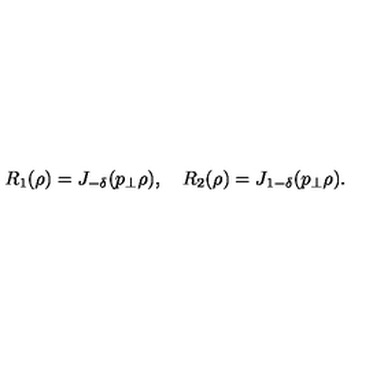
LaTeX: R _ { 1 } ( \rho ) = J _ { - \delta } ( p _ { \perp } \rho ) , \quad R _ { 2 } ( \rho ) = J _ { 1 - \delta } ( p _ { \perp } \rho ) .